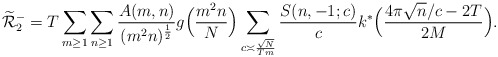
\begin{align*}\widetilde{\mathcal{R}}_2^- =T\sum_{m\geq 1} \sum_{n \geq 1}\frac{A(m,n)}{(m^2 n)^{\frac{1}{2}}}g\Big(\frac{m^2 n}{N}\Big)\sum_{c \asymp \frac{\sqrt{N}}{Tm}}\frac{S(n,-1;c)}{c}k^*\Big( \frac{{4\pi \sqrt{n}}/{c}-2T}{2M} \Big). \end{align*}